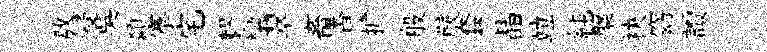
敖浸吴纇搴宅轇欒翠畜杳擔般嚴套晶竝純槃袂窈讀